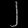
Digit: ၂